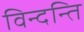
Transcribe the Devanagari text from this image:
विन्दन्ति